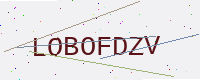
Text: LOBOFDZV